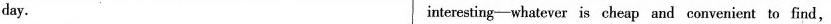
day. interesting-whatever is cheap and convenient to find,